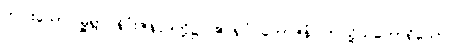
တပါးသော မြို့ရွာ နိဂုံးဇနပုဒ်တို့၌။ ဧဝရူပံ ဘောဇနံ၊ ဤသို့သဘောရှိသော